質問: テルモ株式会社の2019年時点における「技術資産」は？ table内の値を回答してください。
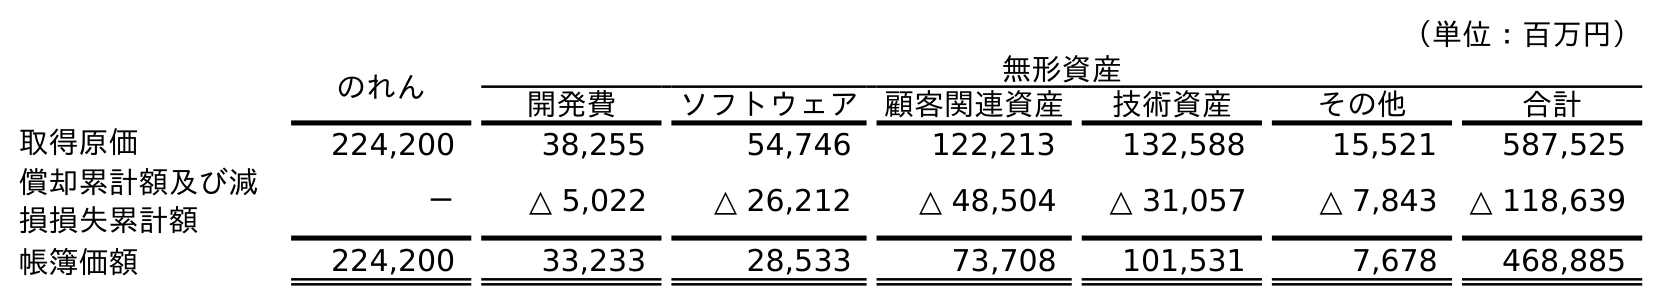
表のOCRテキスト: （単位：百万円） のれん 無形資産 開発費 ソフトウェア 顧客関連資産 技術資産 その他 合計 取得原価 224,200 38,255 54,746 122,213 132,588 15,521 587,525 償却累計額及び減 損損失累計額 － △ 5,022 △ 26,212 △ 48,504 △ 31,057 △ 7,843 △ 118,639 帳簿価額 224,200 33,233 28,533 73,708 101,531 7,678 468,885
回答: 101,531